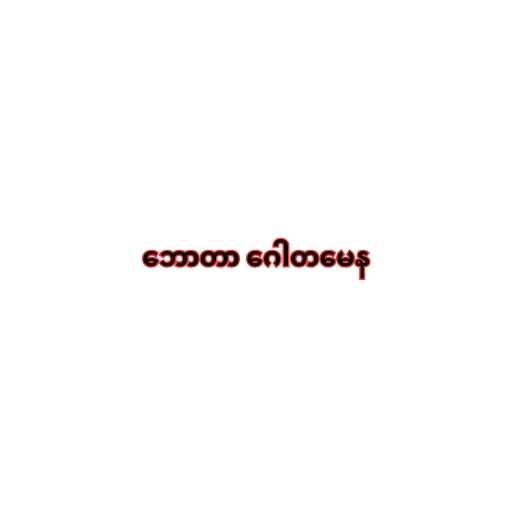
ဘောတာ ဂေါတမေန